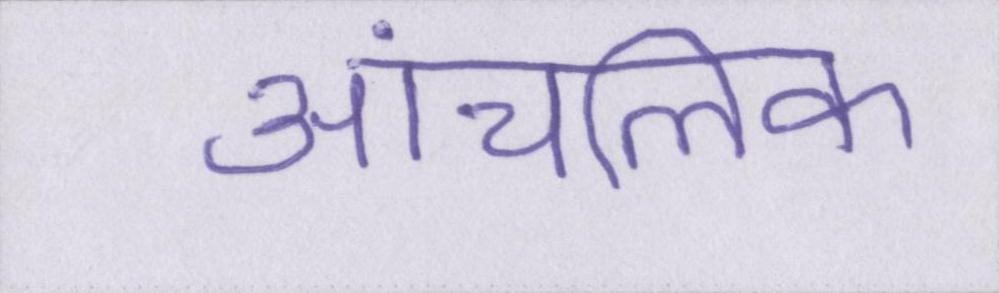
आंचलिक